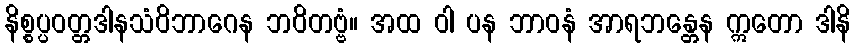
နိစ္စပ္ပဝတ္တဒါနသံဝိဘာဂေန ဘဝိတဗ္ဗံ။ အထ ဝါ ပန ဘာဝနံ အာရဘန္တေန ဣတော ဒါနိ